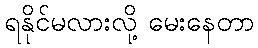
ရနိုင်မလားလို့ မေးနေတာ